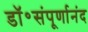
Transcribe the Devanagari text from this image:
डॉ॰संपूर्णानंद